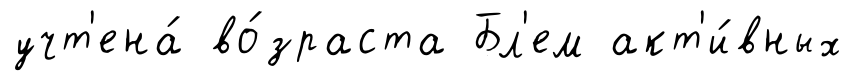
учт'ена́ во́зраста Бл'ем акт'и́вных